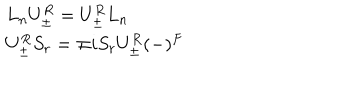
\begin{array} { l } { { L _ { n } U _ { \pm } ^ { R } = U _ { \pm } ^ { R } L _ { n } } } \\ { { U _ { \pm } ^ { R } S _ { r } = \mp i S _ { r } U _ { \pm } ^ { R } ( - ) ^ { F } } } \\ \end{array}